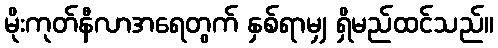
မိုးကုတ်နီလာအရေတွက် နှစ်ရာမျှ ရှိမည်ထင်သည်။